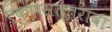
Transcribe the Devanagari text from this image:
एकुणसत्तरावा